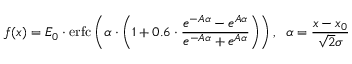
f ( x ) = E _ { 0 } \cdot \mathrm { e r f c } \left( \alpha \cdot \left( 1 + 0 . 6 \cdot \frac { e ^ { - A \alpha } - e ^ { A \alpha } } { e ^ { - A \alpha } + e ^ { A \alpha } } \right) \right) , \; \; \alpha = \frac { x - x _ { 0 } } { \sqrt { 2 } \sigma }